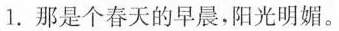
1.那是个春天的早晨，阳光明媚。